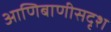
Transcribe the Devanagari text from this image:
आणिबाणीसदृश